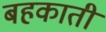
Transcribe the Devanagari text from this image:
बहकाती